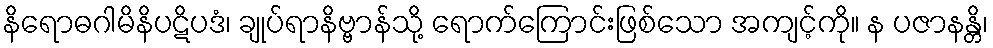
နိရောဓဂါမိနိပဋိပဒံ၊ ချုပ်ရာနိဗ္ဗာန်သို့ ရောက်ကြောင်းဖြစ်သော အကျင့်ကို။ န ပဇာနန္တိ၊